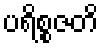
ပရိစ္စဇတိ